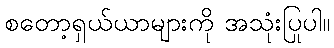
စတော့ရှယ်ယာများကို အသုံးပြုပါ။